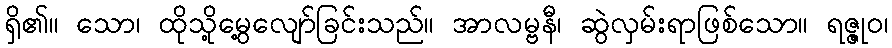
ရှိ၏။ သော၊ ထိုသို့မွေ့လျော်ခြင်းသည်။ အာလမ္ဗနီ၊ ဆွဲလှမ်းရာဖြစ်သော။ ရဇ္ဇုဝ၊